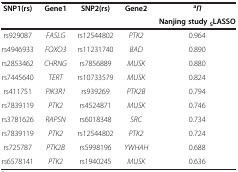
| <ROWSPAN=2> SNP1(rs) | <ROWSPAN=2> Gene1 | <ROWSPAN=2> SNP2(rs) | <ROWSPAN=2> Gene2 | aΠ |
 | Nanjing study SLASSO |
 | --- | --- | --- | --- | --- |
 | rs929087 | FASLG | rs12544802 | PTK2 | 0.964 |
 | rs4946933 | FOXO3 | rs11231740 | BAD | 0.890 |
 | rs2853462 | CHRNG | rs7856889 | MUSK | 0.880 |
 | rs7445640 | TERT | rs10733579 | MUSK | 0.824 |
 | rs411751 | PIK3R1 | rs939269 | PTK2B | 0.794 |
 | rs7839119 | PTK2 | rs4524871 | MUSK | 0.746 |
 | rs3781626 | RAPSN | rs6018348 | SRC | 0.734 |
 | rs7839119 | PTK2 | rs12544802 | PTK2 | 0.724 |
 | rs725787 | PTK2B | rs5998196 | YWHAH | 0.688 |
 | rs6578141 | PTK2 | rs1940245 | MUSK | 0.636 |